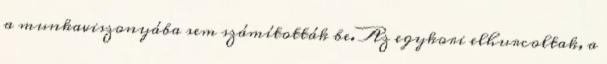
a munkaviszonyába sem számították be. Az egykori elhurcoltak, a